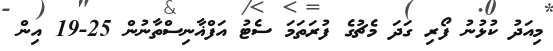
މިއަދު ކުޅުނު ފޯރި ގަދަ މެޗުގެ ފުރަތަމަ ސެޓު އަފްޣާނިސްތާނުން 25-19 އިން